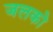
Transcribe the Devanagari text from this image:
जलको